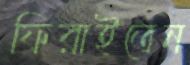
ফিরাইতেন